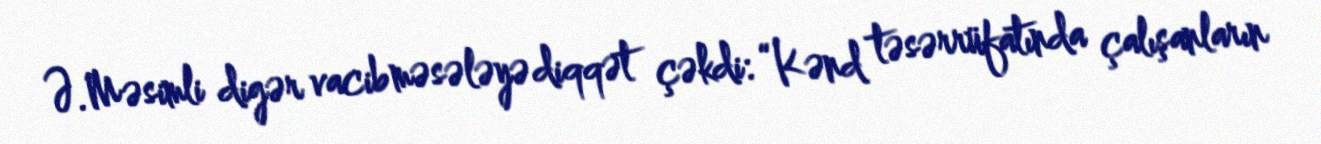
Ə.Məsimli digər vacib məsələyə diqqət çəkdi: “Kənd təsərrüfatında çalışanların